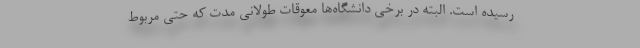
رسیده است. البته در برخی دانشگاه‌ها معوقات طولانی مدت که حتی مربوط